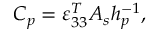
C _ { p } = \varepsilon _ { 3 3 } ^ { T } A _ { s } h _ { p } ^ { - 1 } ,